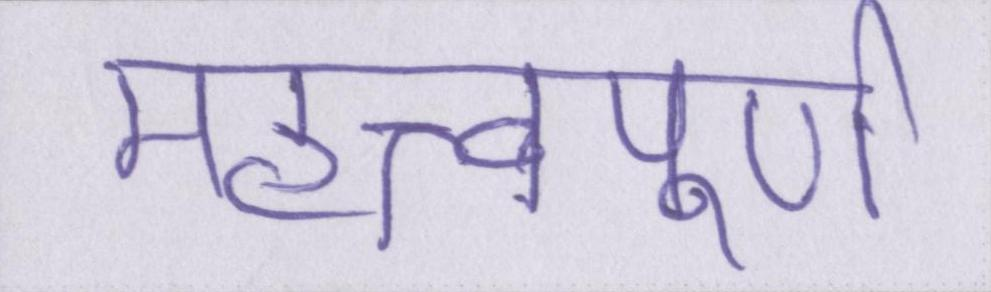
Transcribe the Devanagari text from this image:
महत्त्वपूर्ण